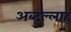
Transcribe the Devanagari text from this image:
अब्‍दुल्‍लाह